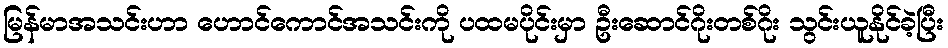
မြန်မာအသင်းဟာ ဟောင်ကောင်အသင်းကို ပထမပိုင်းမှာ ဦးဆောင်ဂိုးတစ်ဂိုး သွင်းယူနိုင်ခဲ့ပြီး